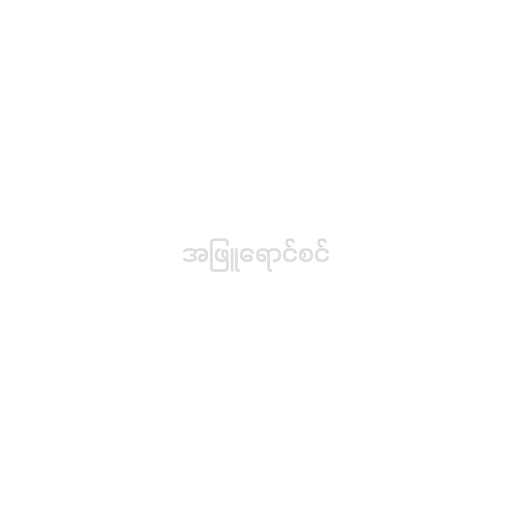
အဖြူရောင်စင်